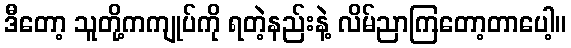
ဒီတော့ သူတို့ကကျုပ်ကို ရတဲ့နည်းနဲ့ လိမ်ညာကြတော့တာပေါ့။